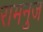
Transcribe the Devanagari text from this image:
रामनुज